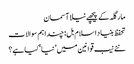
مارگلہ کے پیچھے نیلا آسمان
تحفظ بنیاد اسلام بل: چنداہم سوالات
نئے نیب قوانین میں ’نیا‘ کیا ہے؟